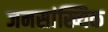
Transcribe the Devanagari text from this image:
जनसांख्यिक